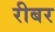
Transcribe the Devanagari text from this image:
रीबर